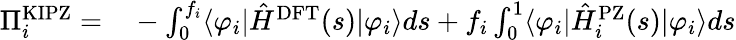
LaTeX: \begin{array}{rl}{\Pi_{i}^{\mathrm{KIPZ}}=}&{{}-\int_{0}^{f_{i}}\langle\varphi_{i}|\hat{H}^{\mathrm{DFT}}(s)|\varphi_{i}\rangle ds+f_{i}\int_{0}^{1}\langle\varphi_{i}|\hat{H}_{i}^{\mathrm{PZ}}(s)|\varphi_{i}\rangle ds}\end{array}